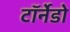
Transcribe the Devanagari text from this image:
टॉर्नेडो